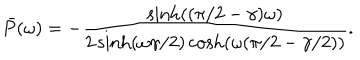
LaTeX: \bar { P } ( \omega ) = - \frac { \sinh ( ( \pi / 2 - \gamma ) \omega ) } { 2 \sinh ( \omega \gamma / 2 ) \cosh ( \omega ( \pi / 2 - \gamma / 2 ) ) } .